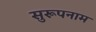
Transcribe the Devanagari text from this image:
सुरूपनाम